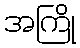
အကြို